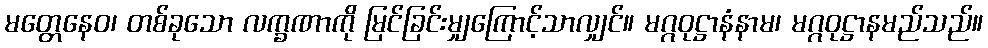
မတ္တေနေဝ၊ တစ်ခုသော လက္ခဏာကို မြင်ခြင်းမျှကြောင့်သာလျှင်။ မဂ္ဂဝုဋ္ဌာနံနာမ၊ မဂ္ဂဝုဋ္ဌာနမည်သည်။